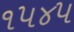
૧૫૪૫